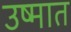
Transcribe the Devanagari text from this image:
उष्मात